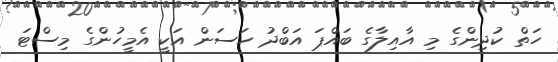
ހަތް ކުދިންގެ މި އާއިލާގެ ބައްޕަ އަބްދު ހަސަން އަކީ އެމީހުންގެ މިސްޓަ